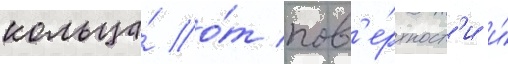
кольца́ о́т пов'е́рхност'и и́